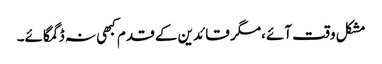
مشکل وقت آئے،مگر قائدین کے قدم کبھی نہ ڈگمگائے۔